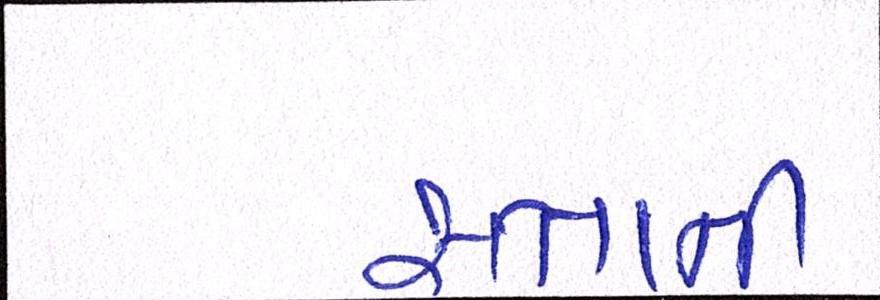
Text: સત્તાની